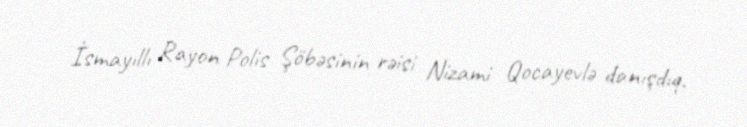
İsmayıllı Rayon Polis Şöbəsinin rəisi Nizami Qocayevlə danışdıq.